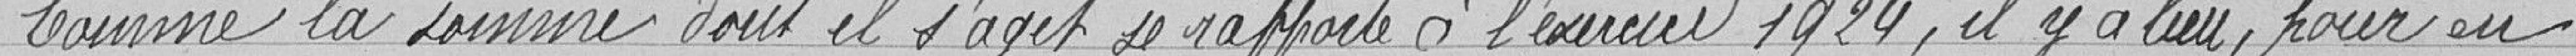
"Comme la somme dont il s'agit se rapporte à l'exercice 1924, il y a lieu, pour en